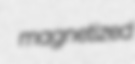
magnetized